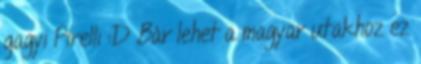
gagyi Pirelli :D Bár lehet a magyar utakhoz ez